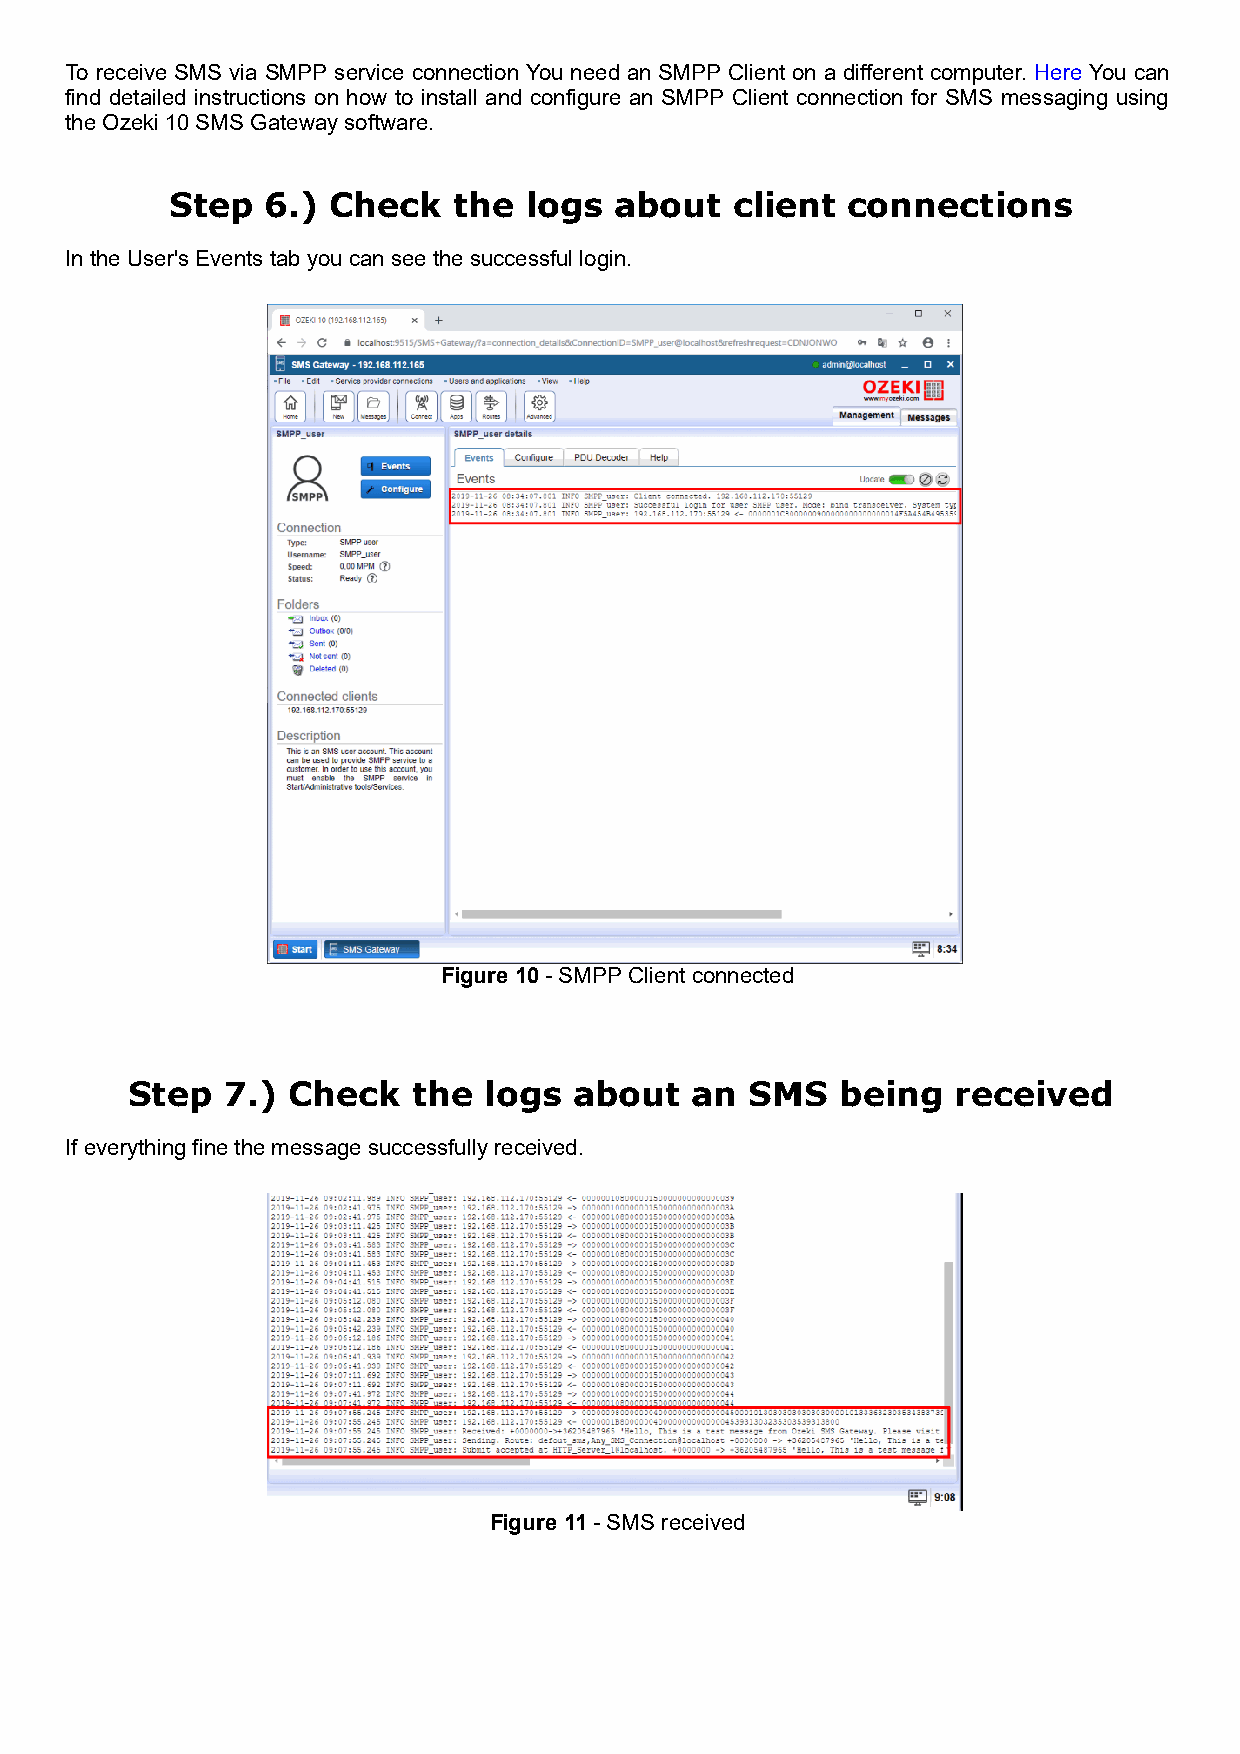
To receive SMS via SMPP service connection You need an SMPP Client on a different computer. Here You can
 find detailed instructions on how to install and configure an SMPP Client connection for SMS messaging using
 the Ozeki 10 SMS Gateway software.
 Step   6.) Check   the  logs  about   client connections
 In the User's Events tab you can see the successful login.
 Figure 10 - SMPP Client connected
 Step   7.) Check   the  logs  about   an  SMS   being  received
 If everything fine the message successfully received.
 Figure 11 - SMS received